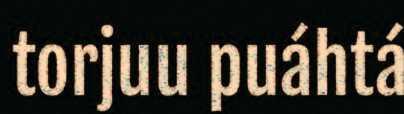
torjuu puáhtá